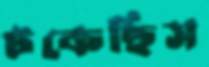
টকেছিস